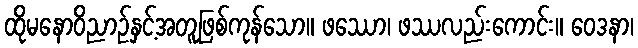
ထိုမနောဝိညာဉ်နှင့်အတူဖြစ်ကုန်သော။ ဖဿော၊ ဖဿလည်းကောင်း။ ဝေဒနာ၊